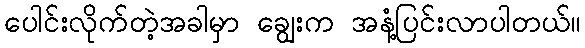
ပေါင်းလိုက်တဲ့အခါမှာ ချွေးက အနံ့ပြင်းလာပါတယ်။